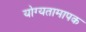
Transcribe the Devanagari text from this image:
योग्यतामापक